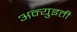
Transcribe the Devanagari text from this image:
अन्युइती